Report of an investigation into the causes of malaria in Bombay and the measures necessary for its control
Disease focus: Malaria
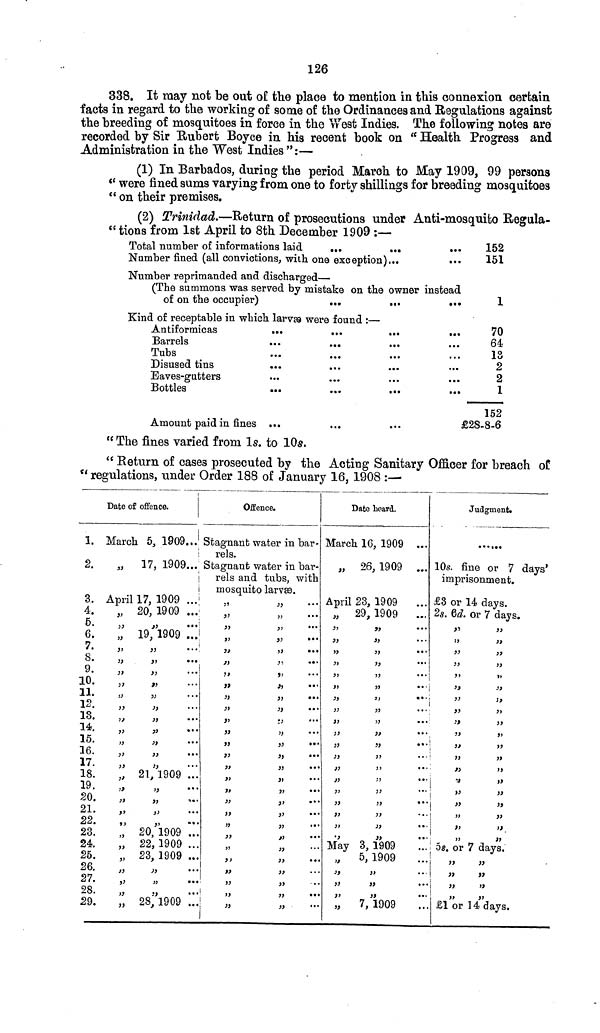
126
338. It may not be out of the place to mention in this connexion certain
facts in regard to the working of some of the Ordinances and Regulations against
the breeding of mosquitoes in force in the West Indies. The following notes are
recorded by Sir Rubert Boyce in his recent book on " Health Progress and
Administration in the "West Indies":—
(1) In Barbados, during the period March to May 1909, 99 persons
" were fined sums varying from one to forty shillings for breeding mosquitoes
" on their premises.
(2) Trinidad.—Return of prosecutions under Anti-mosquito Regula-
"tions from 1st April to 8th December 1909 :—
Total number of informations laid
...
...
Number fined (all convictions, with one exception)...
Number reprimanded and discharged—
(The summons was served by mistake on the owner
of on the occupier)
...
...
Kind of receptable in which larvae were found :—
Antiformicas
...
...
...
Barrels
...
...
Tubs
Disused tins
...
Eaves-gutters
Bottles
...
...
...
Amount paid in fines ...
...
152
151
instead
1
70
64
13
2
2
1
152
£28-8-6
" The fines varied from 1s. to 10s.
" Return of cases prosecuted by the Acting Sanitary Officer for breach of
" regulations, tinder Order 188 of January 16, 1908 :—
1.
2.
3.
4.
6.
6.
7.
8.
9.
10.
11.
12.
13.
14.
15.
16.
17.
18.
19.
20.
21.
22.
23.
24.
25.
26.
27.
28.
29.
Date of offence.
March 5, 1909...
"
17, 1909...
April 17, 1909
„ 20, 1909 ...
" "
" 19, 1909 ...
" "
" "
" "
" "
" "
" "
" "
" "
" "
" "
" "
„ 21, 1909 ...
" "
" "
" "
" "
„ 20, 1909 ...
„ 22,1909 ...
„ 23, 1909 ...
" "
" "
" "
„ 28,1909 ...
Offence.
Stagnant water in bar-
rels.
Stagnant water in bar-
rels and tubs, with
mosquito larvae.
" "
" "
" "
" "
" "
" "
" "
" "
" "
" "
" "
" "
" "
" "
" "
" "
" "
" "
" "
" "
" "
" "
" "
" "
" "
" "
" "
Date heard.
March 16, 1909 ...
„ 26, 1909 ...
April 23, 1909
„ 29, 1909
...
" "
" "
" "
" "
" "
" "
" "
" "
" "
" "
" "
" "
" "
" "
" "
" "
" "
" "
" "
May 3, 1909
„
5, 1909
" "
" "
" "
„
7, 1909
Judgment.
10s. fine or 7 days'
imprisonment.
£3 or 14 days.
28. 6d. or 7 days.
" "
" "
" "
" "
" "
" "
" "
" "
" "
" "
" "
" "
" "
" "
" "
" "
" "
" "
" "
58. or 7 days.
" "
" "
" "
" "
£1 or 14 days.